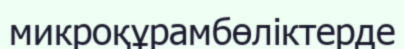
микроқұрамбөліктерде